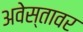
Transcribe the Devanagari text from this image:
अवेस्तावर